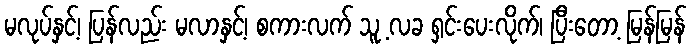
မလုပ်နှင့်၊ ပြန်လည်း မလာနှင့်၊ စကားလက် သူ့ လခ ရှင်းပေးလိုက်၊ ပြီးတော့ မြန်မြန်